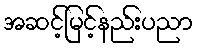
အဆင့်မြင့်နည်းပညာ